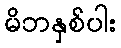
မိဘနှစ်ပါး